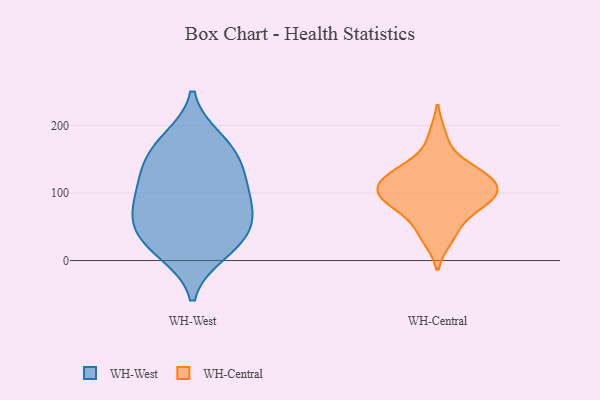
{"axis": {"x": "LTV (USD)", "y": "Value"}, "legend": ["WH-Central", "WH-West"], "data": [{"x": "", "y": 12, "type": "WH-West"}, {"x": "", "y": 62, "type": "WH-West"}, {"x": "", "y": 70, "type": "WH-West"}, {"x": "", "y": 119, "type": "WH-West"}, {"x": "", "y": 83, "type": "WH-West"}, {"x": "", "y": 27, "type": "WH-West"}, {"x": "", "y": 127, "type": "WH-West"}, {"x": "", "y": 55, "type": "WH-West"}, {"x": "", "y": 109, "type": "WH-West"}, {"x": "", "y": 25, "type": "WH-West"}, {"x": "", "y": 166, "type": "WH-West"}, {"x": "", "y": 158, "type": "WH-West"}, {"x": "", "y": 179, "type": "WH-West"}, {"x": "", "y": 79, "type": "WH-Central"}, {"x": "", "y": 43, "type": "WH-Central"}, {"x": "", "y": 34, "type": "WH-Central"}, {"x": "", "y": 119, "type": "WH-Central"}, {"x": "", "y": 183, "type": "WH-Central"}, {"x": "", "y": 104, "type": "WH-Central"}, {"x": "", "y": 131, "type": "WH-Central"}, {"x": "", "y": 112, "type": "WH-Central"}, {"x": "", "y": 80, "type": "WH-Central"}, {"x": "", "y": 98, "type": "WH-Central"}, {"x": "", "y": 132, "type": "WH-Central"}, {"x": "", "y": 96, "type": "WH-Central"}, {"x": "", "y": 91, "type": "WH-Central"}, {"x": "", "y": 134, "type": "WH-Central"}]}